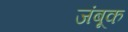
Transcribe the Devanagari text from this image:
जंबूक